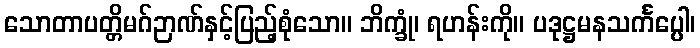
သောတာပတ္တိမဂ်ဉာဏ်နှင့်ပြည့်စုံသော။ ဘိက္ခုံ၊ ရဟန်းကို။ ပဒုဋ္ဌမနသင်္ကပ္ပေါ၊